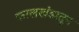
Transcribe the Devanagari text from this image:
कालखंडातून